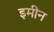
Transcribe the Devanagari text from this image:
इमीन